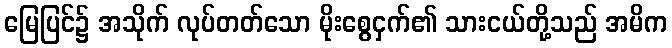
မြေပြင်၌ အသိုက် လုပ်တတ်သော မိုးစွေငှက်၏ သားငယ်တို့သည် အမိက